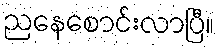
ညနေစောင်းလာပြီ။